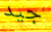
جيد